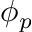
\phi _ { p }